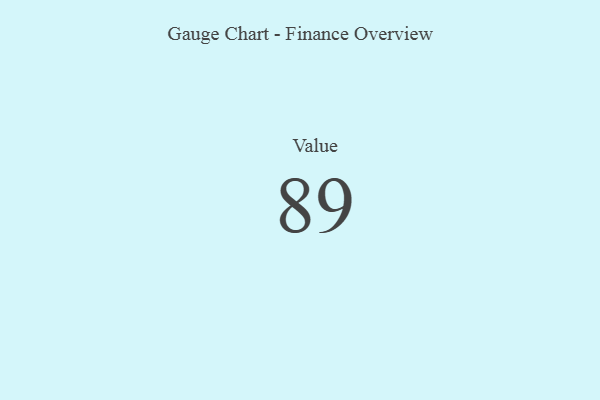
{"axis": {"x": "Metric", "y": "Value"}, "legend": [""], "data": [{"x": "Value", "y": 89, "type": ""}]}